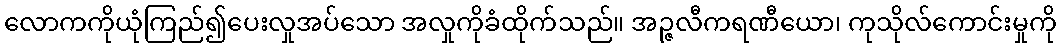
လောကကိုယုံကြည်၍ပေးလှုအပ်သော အလှုကိုခံထိုက်သည်။ အဉ္ဇလီကရဏီယော၊ ကုသိုလ်ကောင်းမှုကို